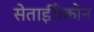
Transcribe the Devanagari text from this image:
सेताईरीकोन